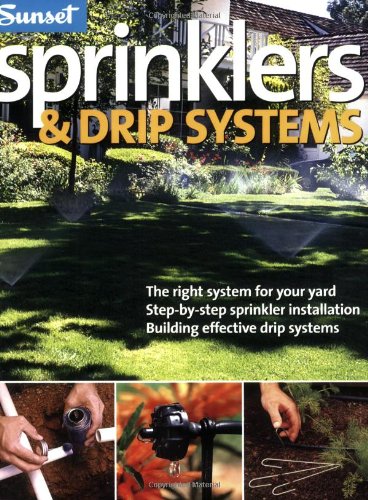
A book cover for Sprinklers & Drip Systems: The Right System for Your Yard, Step-by-step Sprinkler Installation, Building Effective Drip Systems; Editors of Sunset Books; Crafts, Hobbies & Home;